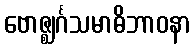
ဗောဇ္ဈင်္ဂသမာဓိဘာဝနာ